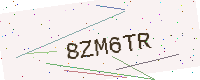
Text: 8ZM6TR